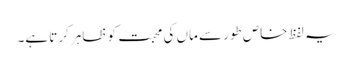
یہ لفظ خاص طور سے ماں کی محبت کو ظاہر کرتا ہے۔